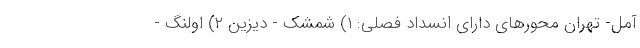
آمل- تهران محور‌های دارای انسداد فصلی: ۱) شمشک - دیزین ۲) اولنگ -